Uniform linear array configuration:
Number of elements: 12
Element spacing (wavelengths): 1
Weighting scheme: blackman
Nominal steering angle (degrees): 15
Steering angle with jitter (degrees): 13.877
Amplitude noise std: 0.05
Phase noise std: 0.05

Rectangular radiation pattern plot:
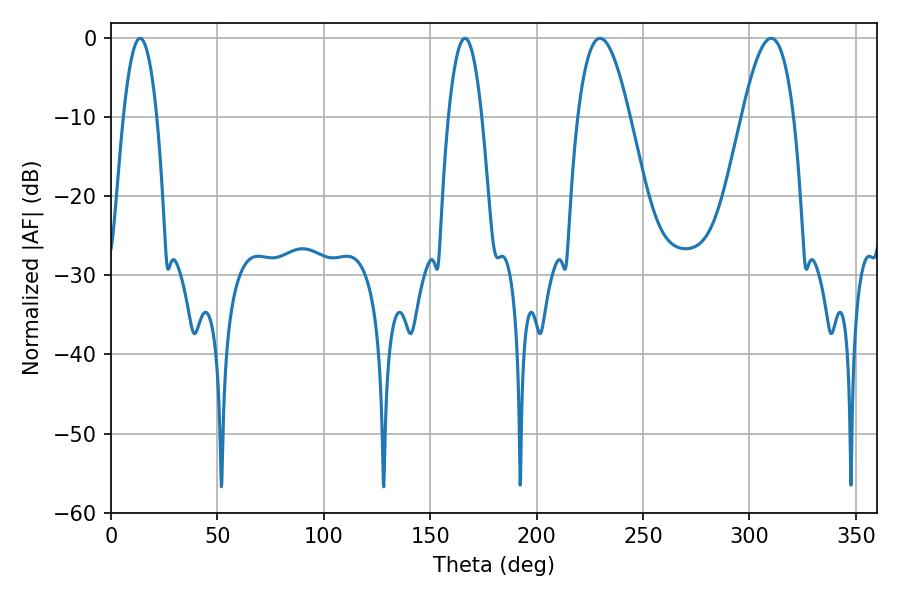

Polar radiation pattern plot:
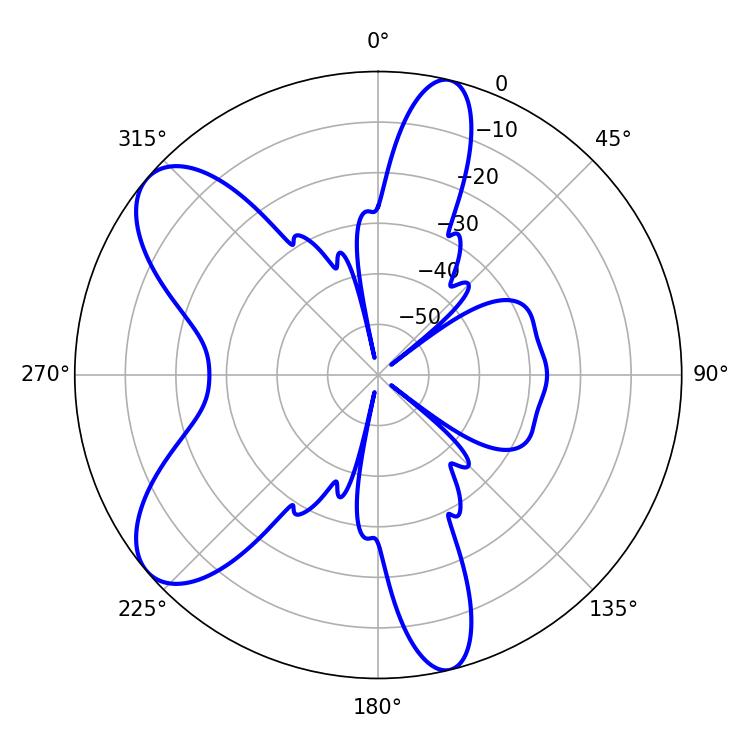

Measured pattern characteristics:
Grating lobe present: TRUE
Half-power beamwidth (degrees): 8.64
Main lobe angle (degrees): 13.68